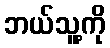
ဘယ်သူ့ကို